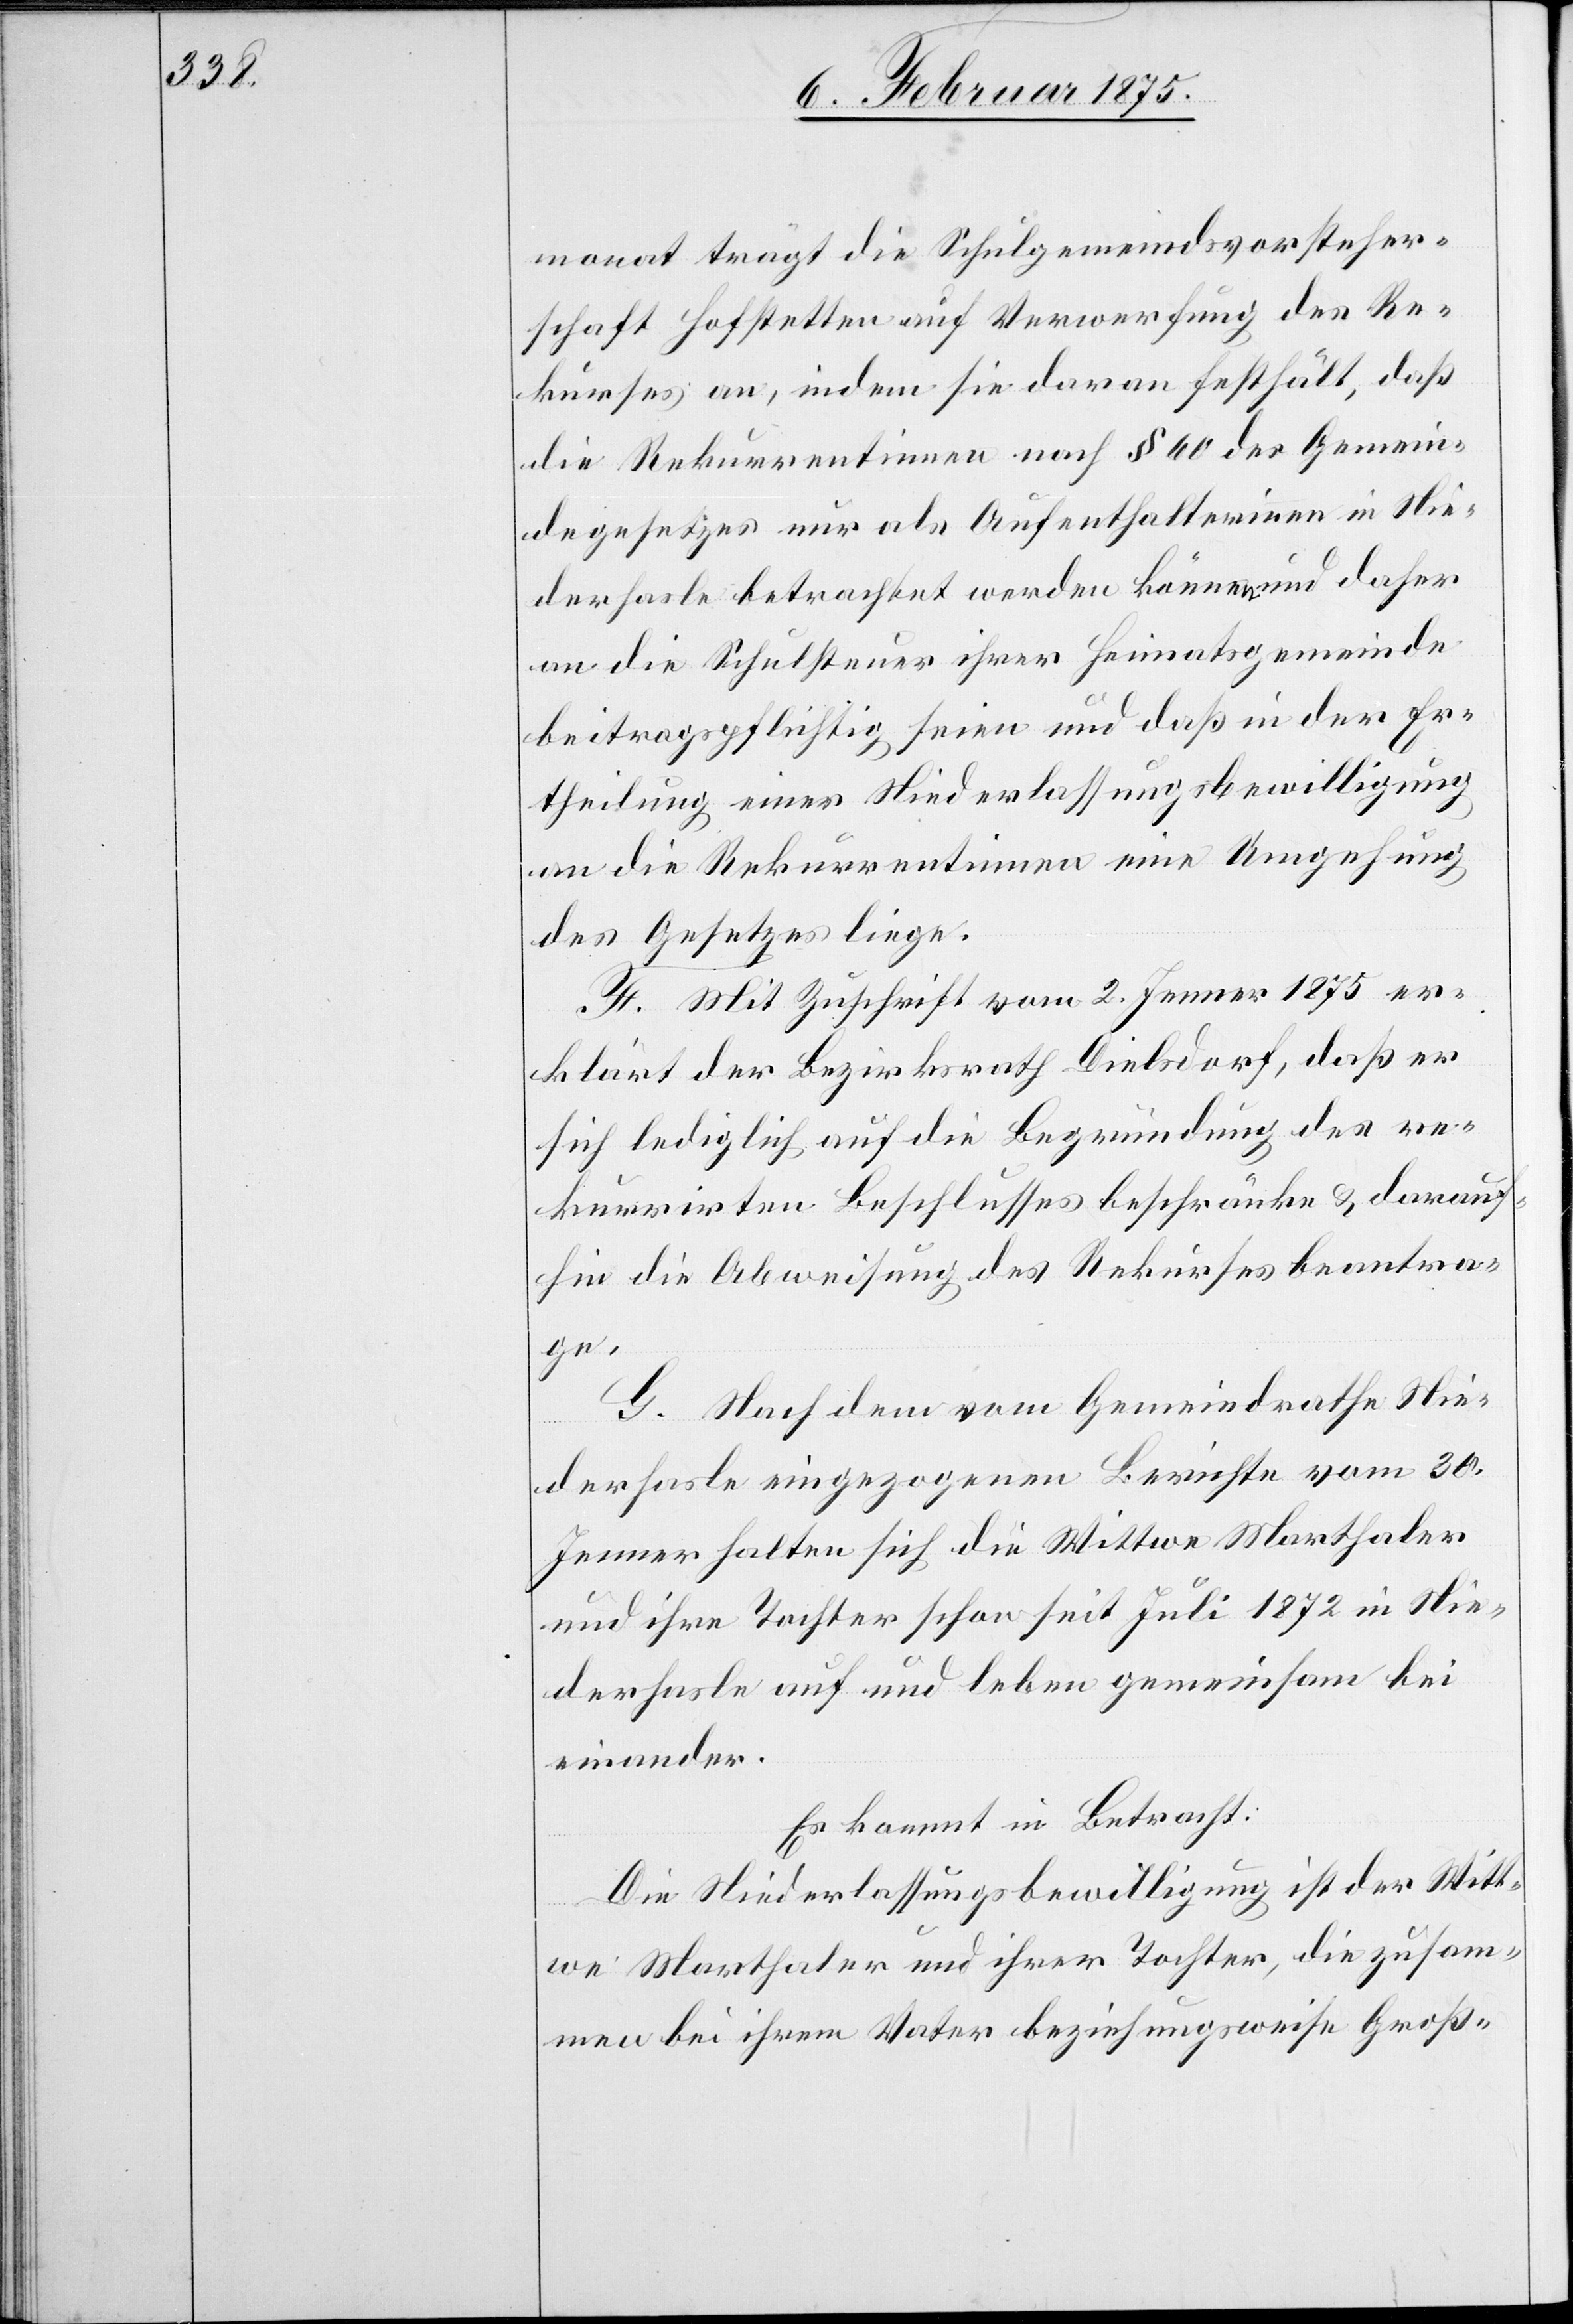
monat trägt die Schulgemeindsvorsteher¬
schaft Hofstetten auf Verwerfung des Re¬
kurses an, indem sie daran festhält, daß
die Rekurrentinnen nach § 60 des Gemein¬
degesetzes nur als Aufenthalterinnen in Nie¬
derhasle betrachtet werden können und daher
an die Schulsteuer ihrer Heimatsgemeinde
beitragspflichtig seien und daß in der Er¬
theilung einer Niederlassungsbewilligung
an die Rekurrentinnen eine Umgehung
des Gesetzes liege.
F. Mit Zuschrift vom 2. Jenner 1875 er¬
klärt der Bezirksrath Dielsdorf, daß er
sich lediglich auf die Begründung des re¬
kurrirten Beschlusses beschränke & darauf¬
hin die Abweisung des Rekurses beantra¬
ge.
G. Nach dem vom Gemeindrathe Nie¬
derhasle eingezogenen Berichte vom 30.
Jenner halten sich die Wittwe Marthaler
und ihre Tochter schon seit Juli 1872 in Nie¬
derhasle auf und leben gemeinsam bei
einander.
Es kommt in Betracht:
Die Niederlassungsbewilligung ist der Witt¬
we Marthaler und ihrer Tochter, die zusam¬
men bei ihrem Vater beziehungsweise Groß-